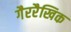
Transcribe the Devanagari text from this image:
गैररैखिक